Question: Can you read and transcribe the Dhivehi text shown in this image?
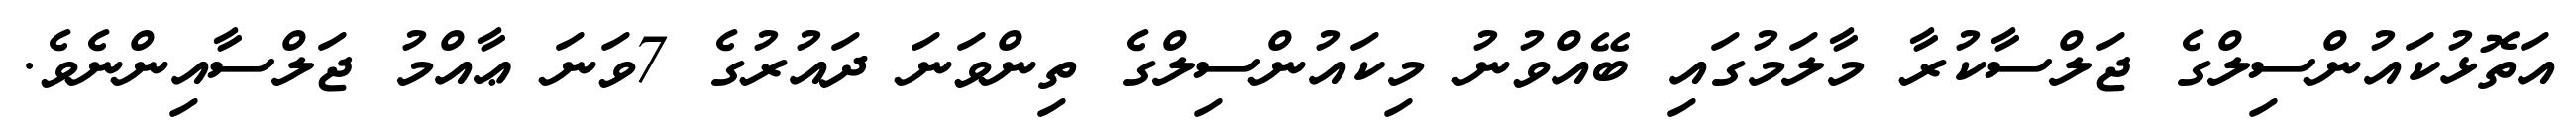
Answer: އަތޮޅުކައުންސިލްގެ ޖަލްސާކުރާ މާލަމުގައި ބޭއްވުނު މިކައުންސިލްގެ ތިންވަނަ ދައުރުގެ 7ވަނަ ޢާއްމު ޖަލްސާއިންނެވެ.